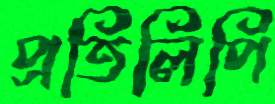
প্রতিলিপি